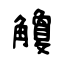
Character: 觼